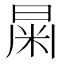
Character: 𣌻